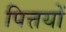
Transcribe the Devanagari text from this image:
पित्तयों